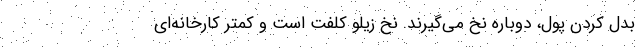
بدل کردن پول، دوباره نخ می‌گیرند. نخ زیلو کلفت است و کمتر کارخانه‌ای